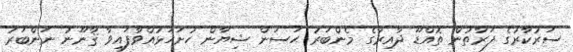
ސަރުކާރުގެ ފަރާތުން ތޮއްޑޫ ދާއިރާގެ މެންބަރު ޙަސަން ޝިޔާން ހުށަހަޅުއްވާފައިވާ ޤާނޫނު ނަންބަރު